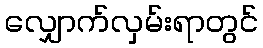
လျှောက်လှမ်းရာတွင်